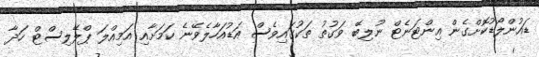
ޑައުންލޯޑުކޮށްގެން އިންޓަނެޓް ނުލިބޭ ވަގުތު ތަކުގައިވެސް އަޑުއަހާލެވޭނެ ކަމަށާއި އަމިއްލަ ޕްލޭލިސްޓް ހަދާ